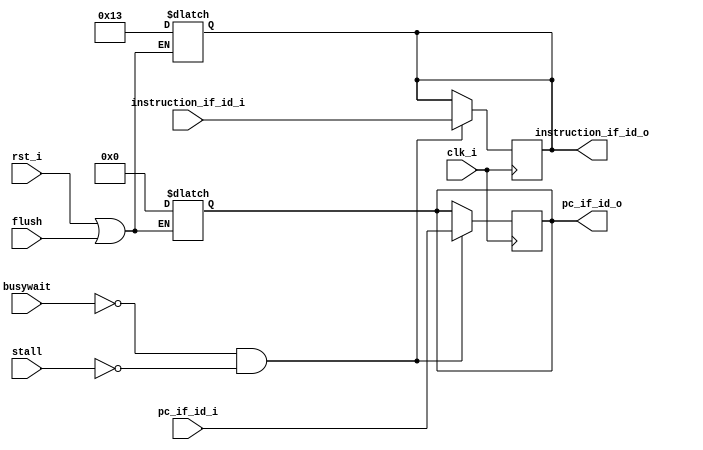
`timescale 1ns / 1ps

module if_id_stage_reg(
    input clk_i,
    input rst_i,
    input busywait,
    input [31:0] instruction_if_id_i,
    input [31:0] pc_if_id_i,//jump birimi PC i kullandigi icin onu da iletmemiz gerekiyor boru hattinda

    input stall,
    input flush,
    output reg [31:0] instruction_if_id_o,
    output reg [31:0] pc_if_id_o

    );
    
    always @(*)
     begin
        if(rst_i || flush) 
        begin
        #0.1;
        pc_if_id_o = 32'd0;
        instruction_if_id_o = 32'h00000013;//addi x0,x0,0      
        end
     end   
     
     
     always @(posedge clk_i)
     begin
        #0;
        if(!busywait && !stall)
            begin
            pc_if_id_o <= pc_if_id_i;
            instruction_if_id_o <= instruction_if_id_i;
            end
     end        
endmodule